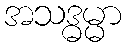
အသဒ္ဓမ္မာ